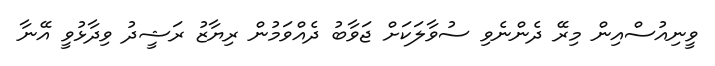
ވީނިއުސްއިން މިރޭ ދެންނެވި ސުވާލަކަށް ޖަވާބު ދެއްވަމުން ރިޔާޒު ރަޝީދު ވިދާޅުވީ އޭނާ